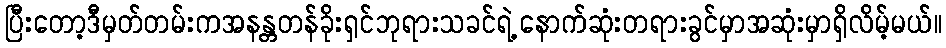
ပြီးတော့ဒီမှတ်တမ်းကအနန္တတန်ခိုးရှင်ဘုရားသခင်ရဲ့နောက်ဆုံးတရားခွင်မှာအဆုံးမှာရှိလိမ့်မယ်။